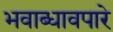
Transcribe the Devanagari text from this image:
भवाब्धावपारे